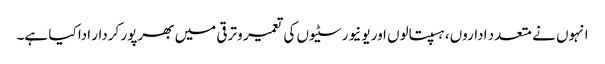
انہوں نے متعدد اداروں، ہسپتالوں اور یونیورسٹیوں کی تعمیر و ترقی میں بھرپور کردار ادا کیا ہے۔